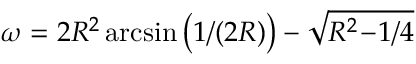
\omega = 2 R ^ { 2 } \arcsin \big ( 1 / ( 2 R ) \big ) - \sqrt { R ^ { 2 } \! - \! 1 / 4 }